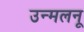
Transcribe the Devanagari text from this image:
उन्मलनू